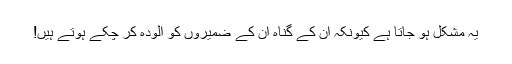
یہ مشکل ہو جاتا ہے کیونکہ اُن کے گناہ اُن کے ضمیروں کو آلودہ کر چکے ہوتے ہیں!